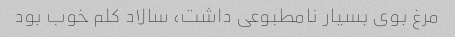
مرغ بوی بسیار نامطبوعی داشت، سالاد کلم خوب بود